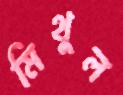
মিথুল